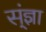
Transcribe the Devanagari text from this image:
स्ंज्ञा